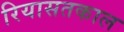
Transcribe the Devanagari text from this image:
रियासतकाल